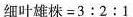
细叶雄株=3:2:1